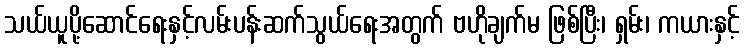
သယ်ယူပို့ဆောင်ရေးနှင့်လမ်းပန်းဆက်သွယ်ရေးအတွက် ဗဟိုချက်မ ဖြစ်ပြီး၊ ရှမ်း၊ ကယားနှင့်